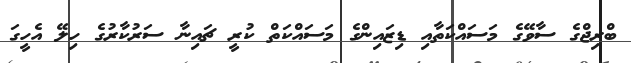
ބްރިޖްގެ ސާވޭގެ މަސައްކަތާއި ޑިޒައިންގެ މަސައްކަތް ކުރީ ޗައިނާ ސަރުކާރުގެ ހިލޭ އެހީގަ